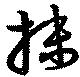
抹